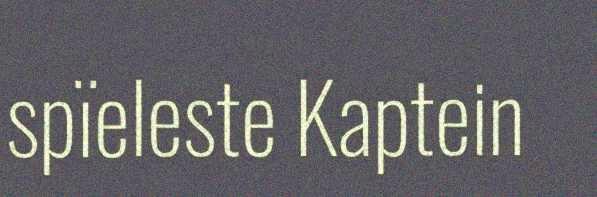
spïeleste Kaptein